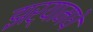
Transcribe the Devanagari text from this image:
झर्‍यामधे